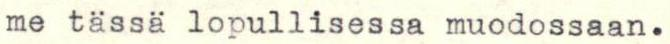
me tässä lopullisessa muodossaan.